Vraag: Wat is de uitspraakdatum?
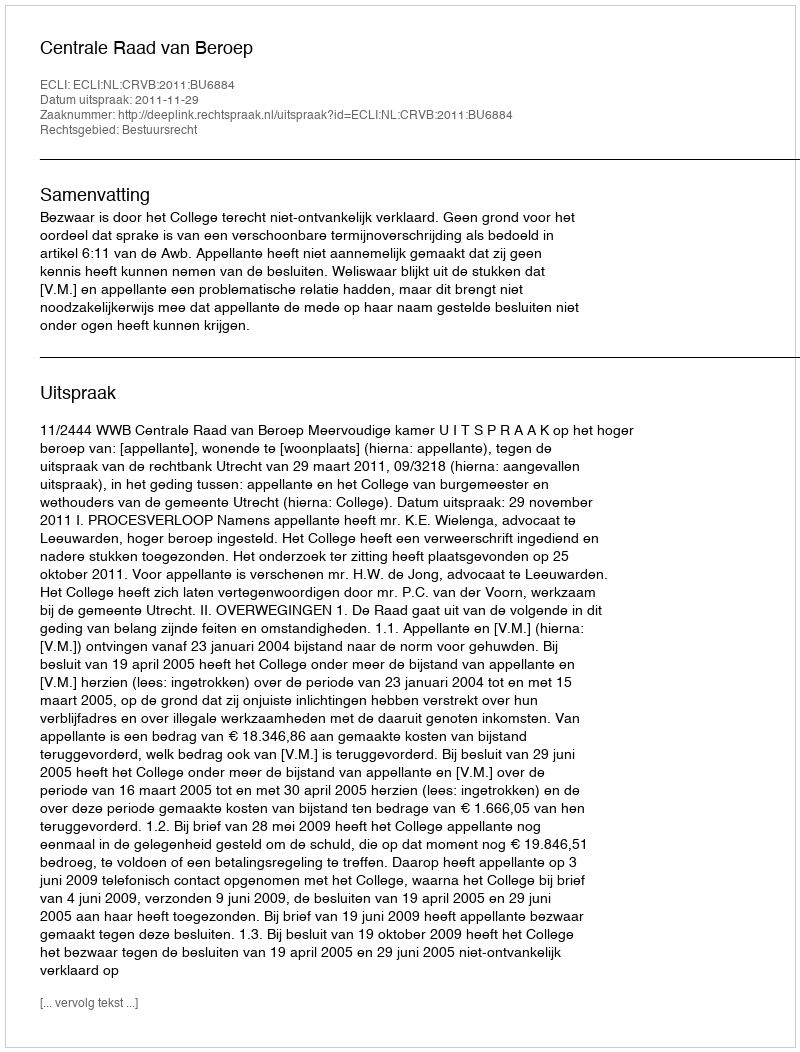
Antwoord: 2011-11-29